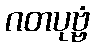
ဂတပုဗ္ဗံ